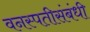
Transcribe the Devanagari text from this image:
वनस्पतीसंबंधी